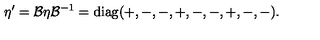
\eta ^ { \prime } = \mathcal { B } \eta \mathcal { B } ^ { - 1 } = \mathrm { d i a g } ( + , - , - , + , - , - , + , - , - ) .